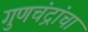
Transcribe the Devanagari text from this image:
गुणचंद्रांचा